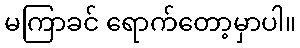
မကြာခင် ရောက်တော့မှာပါ။